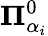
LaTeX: \mathbf{\Pi}_{\alpha_{i}}^{0}